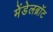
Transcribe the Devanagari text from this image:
मेंडेलब्रॉट